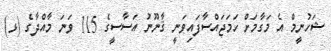
ޝަހުނީމް އެ މަގާމަށް ހަމަޖައްސާފައިވަނީ ޤާނޫނު އަސާސީގެ 115 ވަނަ މާއްދާގެ (ޅ)